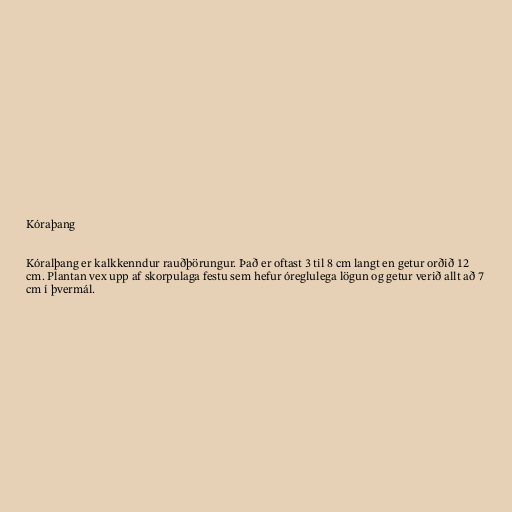
Kóraþang

Kóralþang er kalkkenndur rauðþörungur. Það er oftast 3 til 8 cm langt en getur orðið 12
cm. Plantan vex upp af skorpulaga festu sem hefur óreglulega lögun og getur verið allt að 7
cm í þvermál.